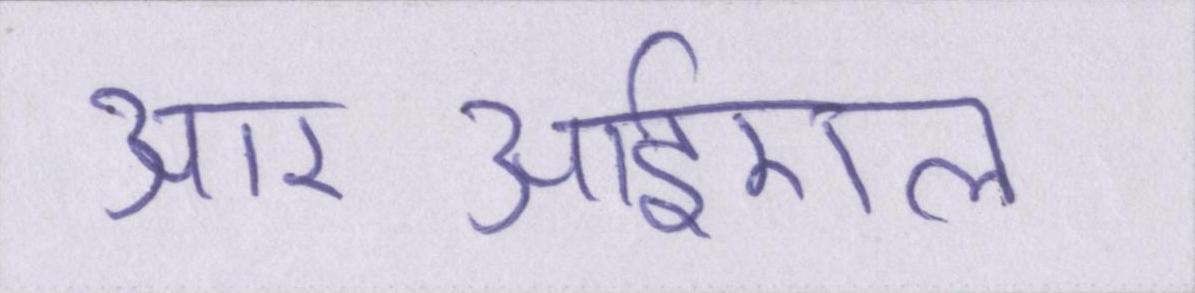
आरआईएल